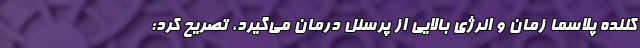
کننده پلاسما زمان و انرژی بالایی از پرسنل درمان می‌گیرد، تصریح کرد: